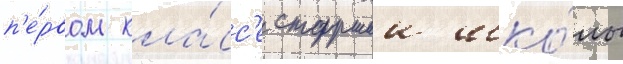
п'е́рвом кла́сс'е старшеи шко́лы